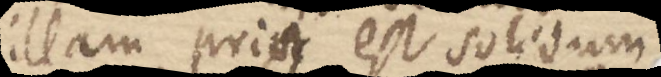
illam prior est solidum